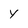
Character: Y